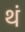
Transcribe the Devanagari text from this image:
थं